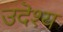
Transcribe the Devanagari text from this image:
उदॆश्य